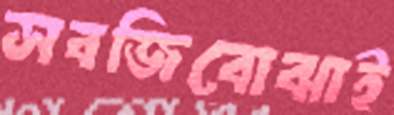
সবজিবোঝাই